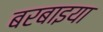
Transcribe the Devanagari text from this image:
बरबाइया